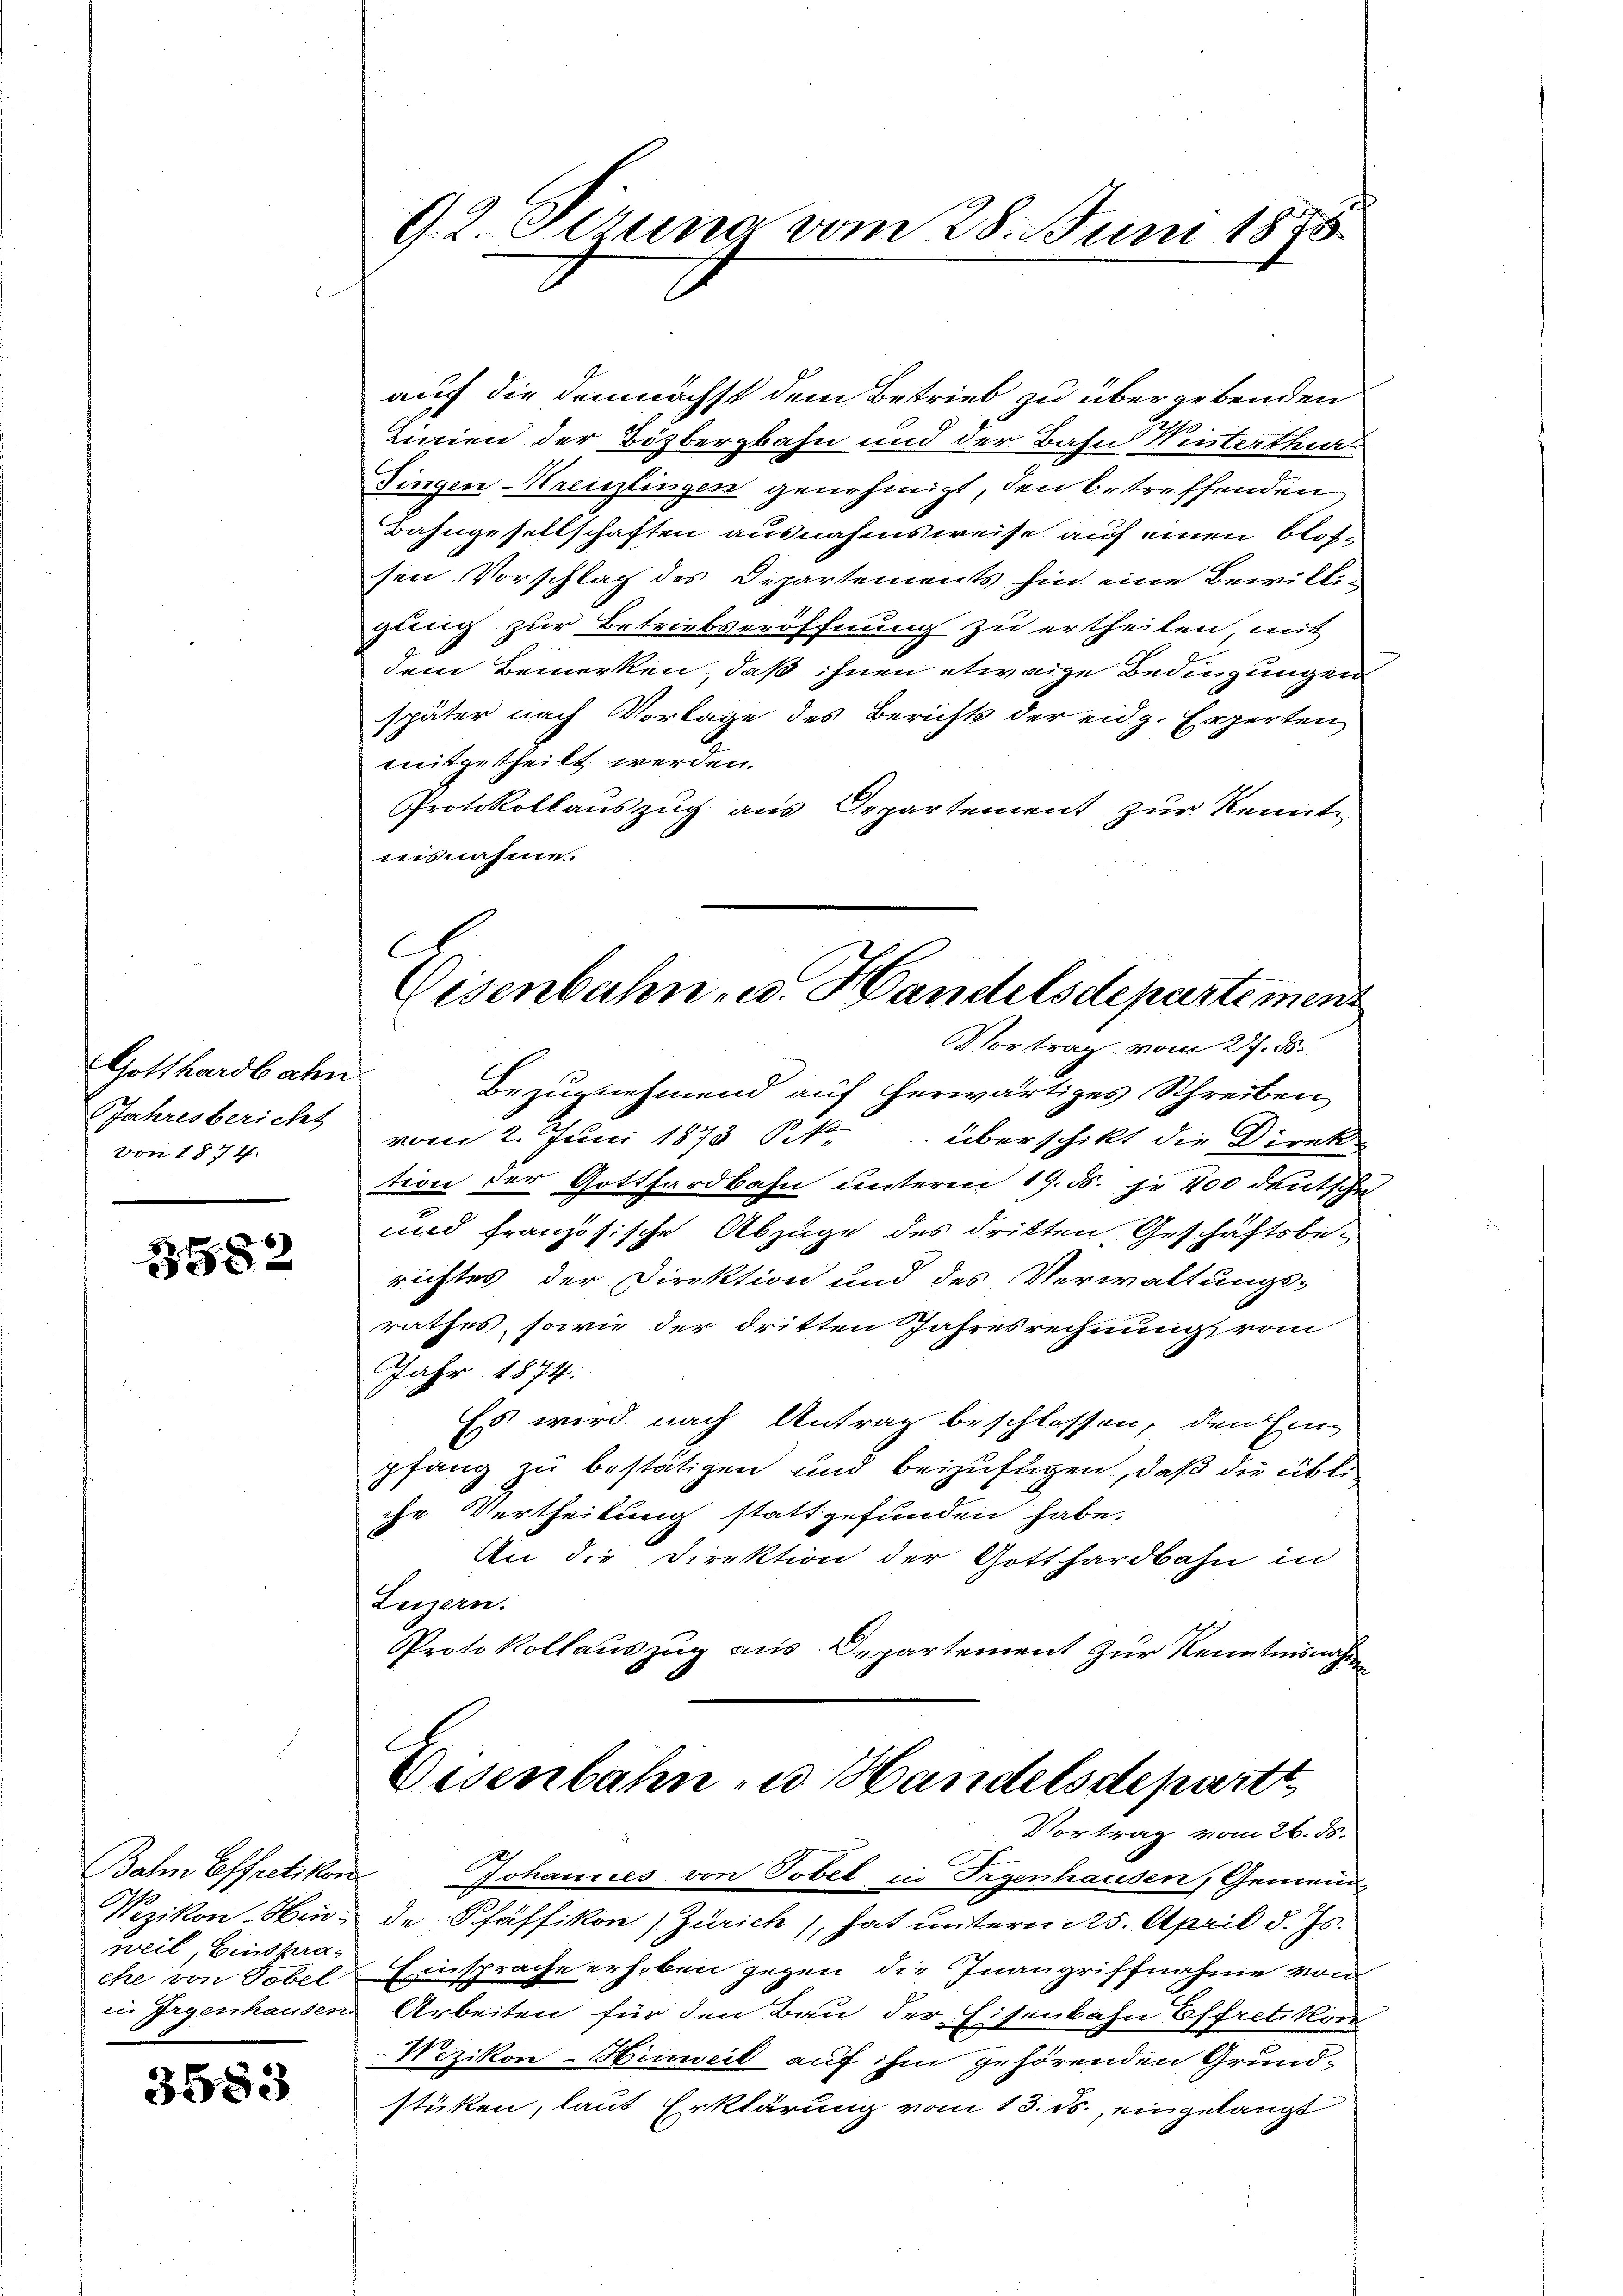
Gotthardbahn
Jahresbericht
von 1 § 74.

82

Bahn Effretikon
Wezikon. Hinweil, Einspraehe von Tobel
in Irgenhausen.

3583

92 Sezung vom 28. Juni 1875

auf die demnächst dem Betrieb zu übergebenden
Linien der Bözbergbahn und der Bahn Winterthut
Singen Kreuzlingen genehmigt, den betreffenden
Bahngesellschaften ausnahmsweise auf einen blossen Vorschlag des Departements hin eine Bewilligung zur Betriebseröffnung zu ertheilen mit
dem Bemerken, daß ihnen etwaige Bedingungen
später nach Vorlage des Berichts der eidg. Experten
mitgetheilt werden.
Protokollauszug aus Departement zur Kennt-
uisnahme.
Bezugnehmend auf herwärtiges Schreiben
vom 2. Juni 1873 S. überschikt die Direktion der Gotthardbahn unterm 19. ds. je 400 deutsche
und französische Abzüge des dritten Geschäftsberichtes der Direktion und des Verwaltungs-
rathes, sowie der dritten Jahresrechnung, vom
Jahr 1874:
Es wird nach Antrag beschlossen, den Ein-
pfang zu bestätigen und beizufügen, daß die üble
che Vertheilung stattgefunden habe,
An die Direktion der Gotthardbahn in
Luzern.
Protokollauszug aus Departement zur Kenntnisnahm
Eisenbahn zu Handelsdepartt
Vortrag vom 26. ds.
Johannes von Tobel in Gegenhausen, Gemein-
de Pfäffikon (Zürich), hat untern 25. April d. Js.
Einsprache erhoben gegen die Inangriffnahme von
Arbeiten für den Bau der Eisenbahn Effretikon
Wezikon-Hinweil auf ihm gehörenden Grundstüken, laut Erklärung vom 13. ds., eingelangt

C
Eisenbahn- u. Handelsdepartement
Vortrag vom 27. ds.